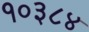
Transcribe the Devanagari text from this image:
१०३८४